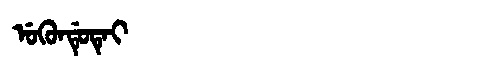
Manchu: ᡠᡴᡠᠨᡩᡠᡨᡝᡳ
Romanization: UKUNDUTEI